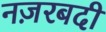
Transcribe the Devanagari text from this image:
नज़रबदी